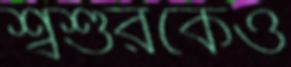
শ্বশুরকেও